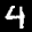
Label: 4